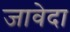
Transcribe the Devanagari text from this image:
जावेदा